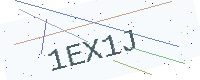
Text: 1EX1J